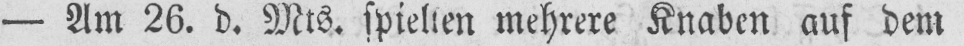
- Am 26. d. Mts. spielten mehrere Knaben auf dem